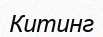
Китинг